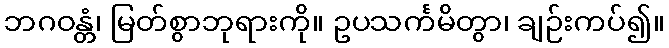
ဘဂဝန္တံ၊ မြတ်စွာဘုရားကို။ ဥပသင်္ကမိတွာ၊ ချဉ်းကပ်၍။